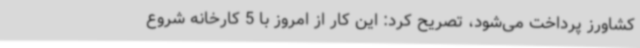
کشاورز پرداخت می‌شود، تصریح کرد: این کار از امروز با 5 کارخانه شروع